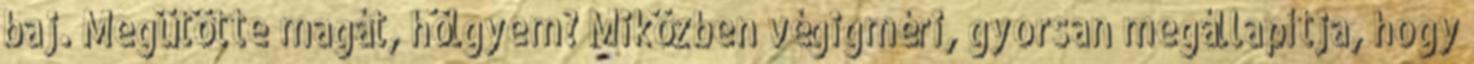
baj. Megütötte magát, hölgyem? Miközben végigméri, gyorsan megállapítja, hogy